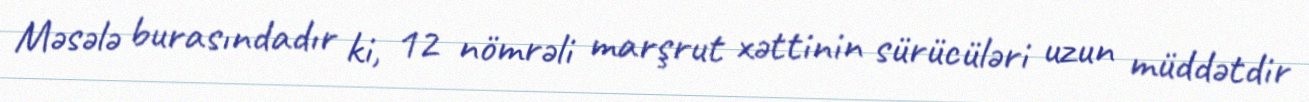
Məsələ burasındadır ki, 12 nömrəli marşrut xəttinin sürücüləri uzun müddətdir